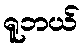
ရူဘယ်